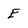
Character: E